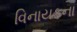
વિનાયકના